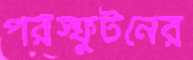
পরস্ফুটনের